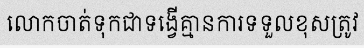
លោកចាត់ទុកជាទង្វើគ្មានការទទួលខុសត្រូវ